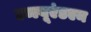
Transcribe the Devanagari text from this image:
डब्ल्यूएंडएम